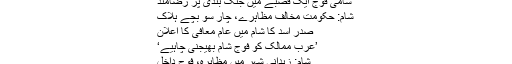
شام میں عرب لیگ مشن کے مزید قیام پر غور
شامی فوج ایک قصبے میں جنگ بندی پر رضامند
شام: حکومت مخالف مظاہرے، چار سو بچے ہلاک
صدر اسد کا شام میں عام معافی کا اعلان
’عرب ممالک کو فوج شام بھیجنی چاہیے‘
شام: زبدانی شہر میں مظاہرہ، فوج داخل
’حکومت اب آہنی ہاتھوں سے نمٹے گی‘